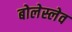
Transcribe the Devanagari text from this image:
बोलेस्लेव